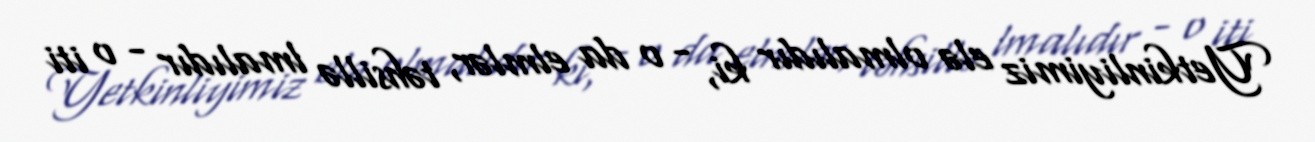
Yetkinliyimiz elə olmalıdır ki, - o da elmlər, təhsillə lmalıdır - o iti